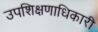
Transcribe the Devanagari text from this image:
उपशिक्षणाधिकारी